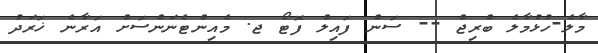
މާލެ-ހުޅުމާލެ ބްރިޖް -- ސަން ފައިލް ފޮޓޯ ޖ. މެއިންޓެނަންސަށް އަރާނެ ޚަރަދު